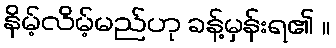
နိမ့်လိမ့်မည်ဟု ခန့်မှန်းရ၏ ။